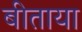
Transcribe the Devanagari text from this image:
बीताया